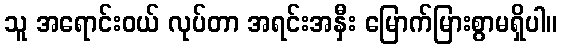
သူ အရောင်းဝယ် လုပ်တာ အရင်းအနှီး မြောက်မြားစွာမရှိပါ။